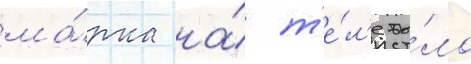
ма́рка на́ т'е́л'е бы́ло